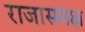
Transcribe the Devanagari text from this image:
राजासमक्ष